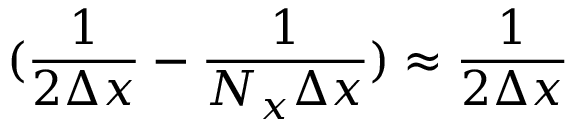
( \frac { 1 } { 2 \Delta x } - \frac { 1 } { N _ { x } \Delta x } ) \approx \frac { 1 } { 2 \Delta x }